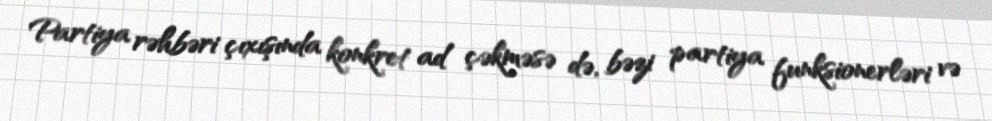
Partiya rəhbəri çıxışında konkret ad çəkməsə də, bəzi partiya funksionerləri və